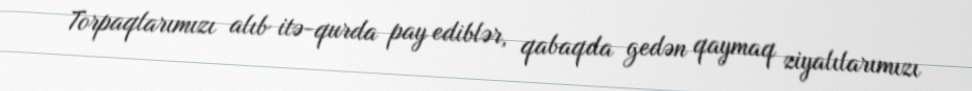
Torpaqlarımızı alıb itə-qurda pay ediblər, qabaqda gedən qaymaq ziyalılarımızı